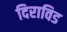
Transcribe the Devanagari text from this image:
दिराविड